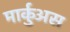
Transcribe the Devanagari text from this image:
मार्कुअस